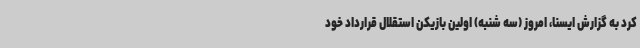
کرد به گزارش ایسنا، امروز (سه شنبه) اولین بازیکن استقلال قرارداد خود